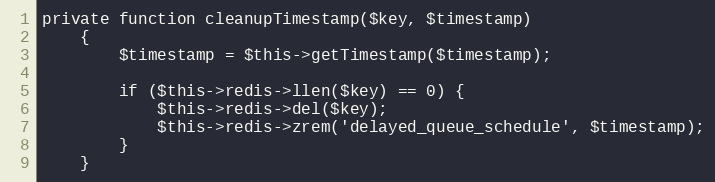
Language: PHP
private function cleanupTimestamp($key, $timestamp)
    {
        $timestamp = $this->getTimestamp($timestamp);

        if ($this->redis->llen($key) == 0) {
            $this->redis->del($key);
            $this->redis->zrem('delayed_queue_schedule', $timestamp);
        }
    }